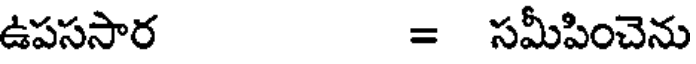
ఉపససార = సమీపించెను